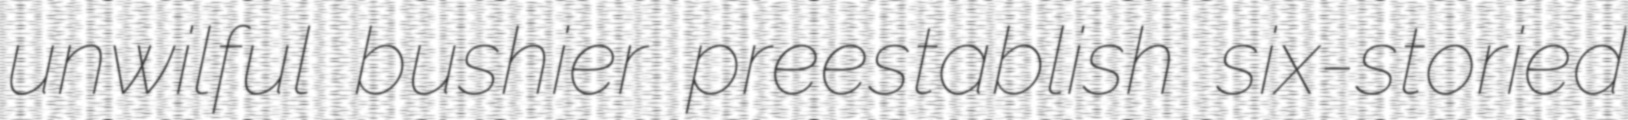
unwilful bushier preestablish six-storied